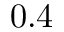
0 . 4